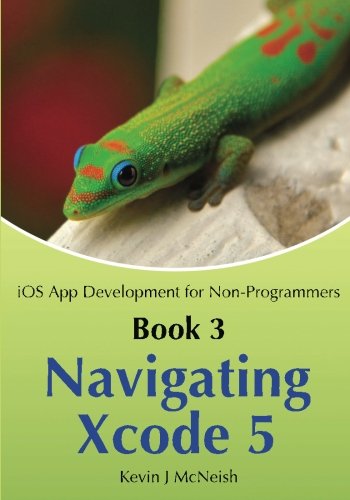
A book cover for Book 3: Navigating Xcode 5 - iOS App Development for Non-Programmers: The Series on How to Create iPhone & iPad Apps; Kevin J McNeish; Computers & Technology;